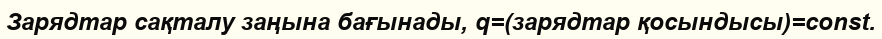
Зарядтар сақталу заңына бағынады, q=(зарядтар қосындысы)=const.